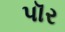
પૉર